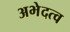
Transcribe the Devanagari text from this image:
अभेदत्व